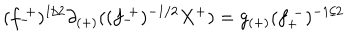
LaTeX: ( f _ { - } ^ { ~ + } ) ^ { 1 / 2 } \partial _ { ( + ) } ( ( f _ { - } ^ { ~ + } ) ^ { - 1 / 2 } X ^ { + } ) = g _ { ( + ) } ( f _ { + } ^ { ~ - } ) ^ { - 1 / 2 }